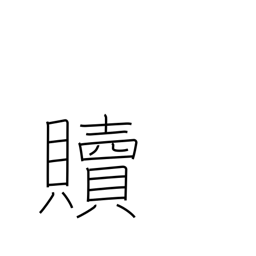
Meaning: redeem